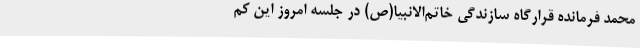
محمد فرمانده قرارگاه سازندگی خاتم‌الانبیا(ص) در جلسه امروز این کم